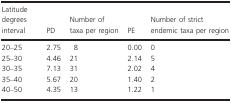
| Latitude degrees interval | PD | Number of taxa per region | PE | Number of strict endemic taxa per region |
 | --- | --- | --- | --- | --- |
 | 20–25 | 2.75 | 8 | 0.00 | 0 |
 | 25–30 | 4.46 | 21 | 2.14 | 5 |
 | 30–35 | 7.13 | 31 | 2.02 | 4 |
 | 35–40 | 5.67 | 20 | 1.40 | 2 |
 | 40–50 | 4.35 | 13 | 1.22 | 1 |